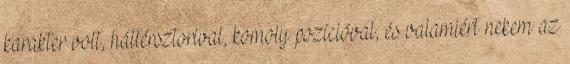
karakter volt, háttérsztorival, komoly pozícióval, és valamiért nekem az